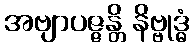
အဗျာပဇ္ဇန္တိ နိဗ္ဗုဒ္ဓံ